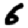
Digit: 6